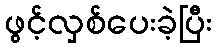
ဖွင့်လှစ်ပေးခဲ့ပြီး